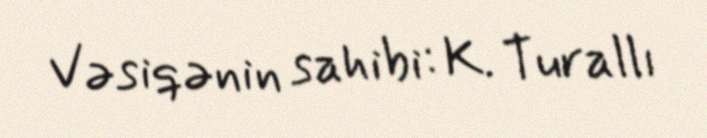
Vəsiqənin sahibi: K. Turallı